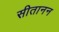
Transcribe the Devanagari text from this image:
सीतानन